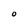
Character: O